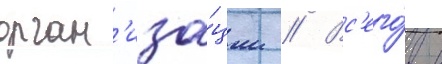
орган'иза́ции // Вс'его́ в